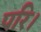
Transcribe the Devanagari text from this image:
परि।